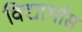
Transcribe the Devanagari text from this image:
विद्यार्थास